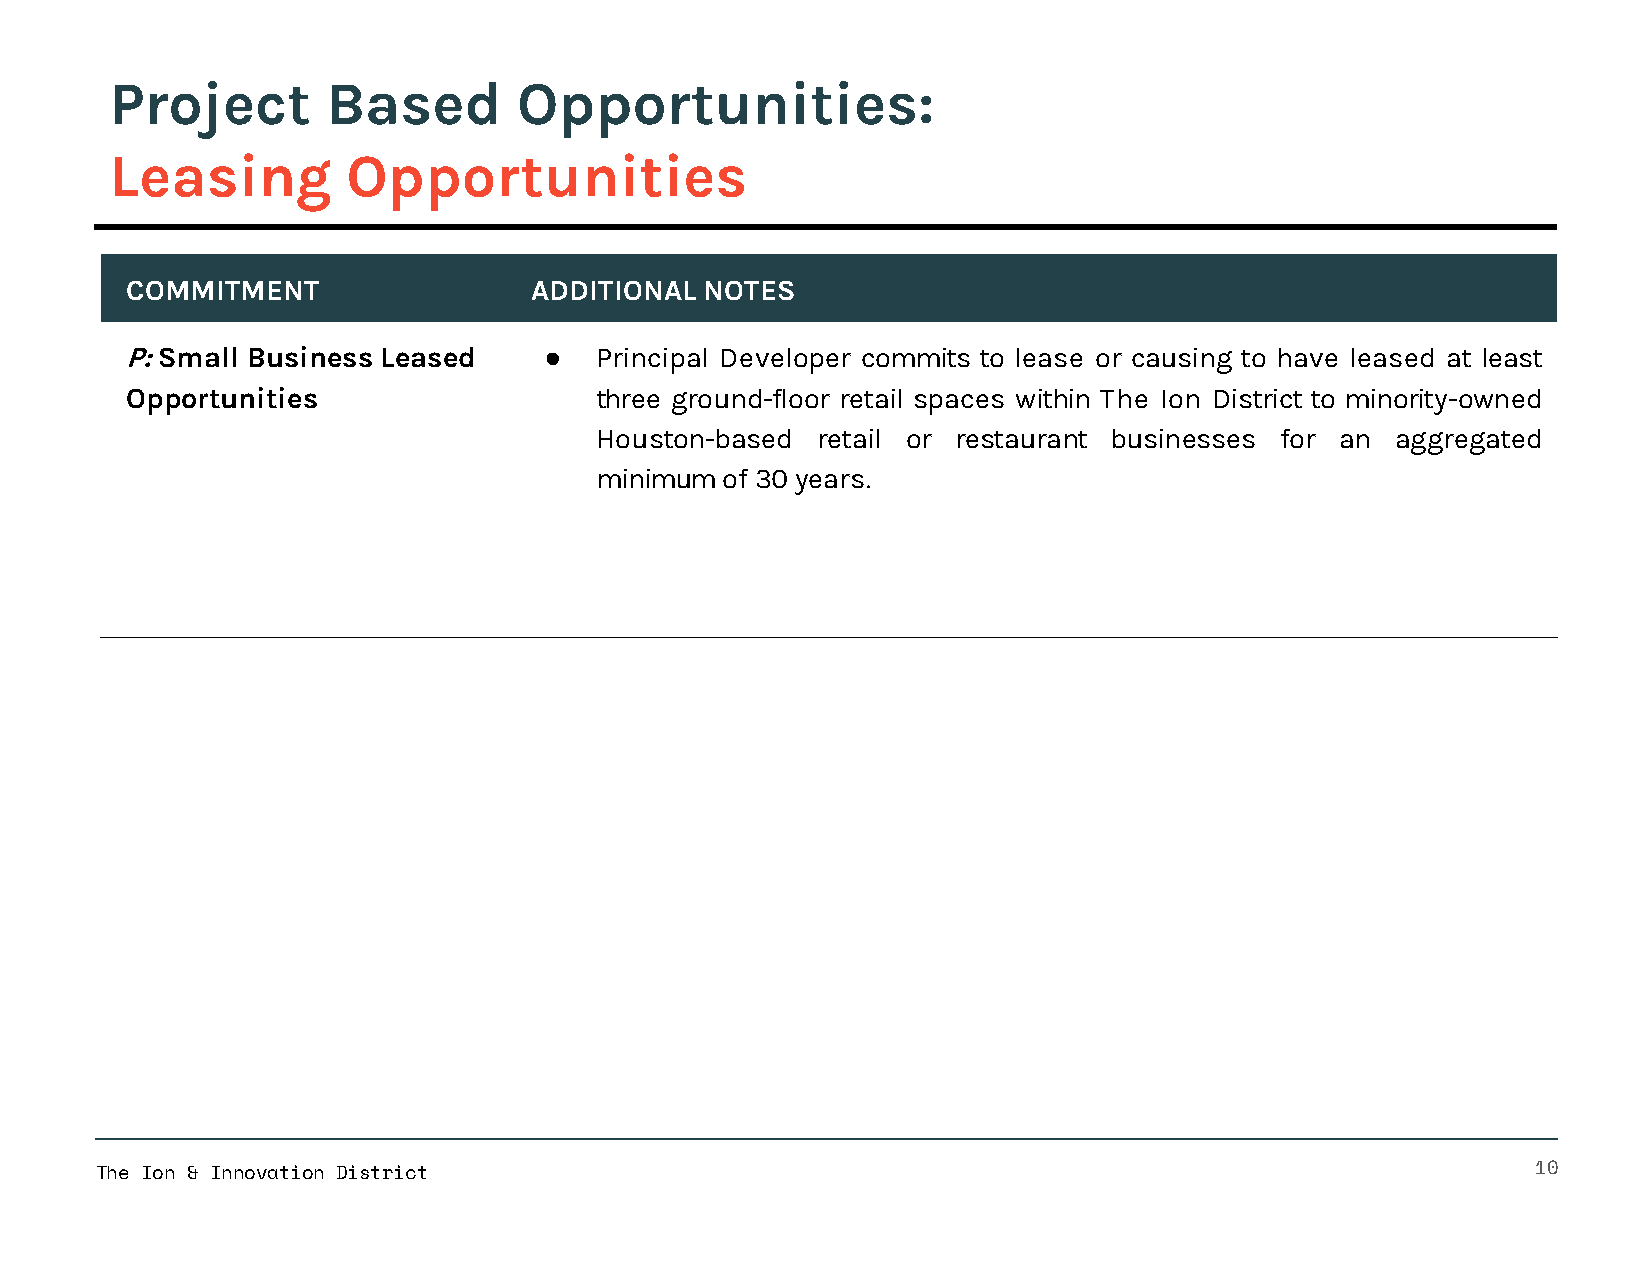
Project        Based       Opportunities:
 Leasing         Opportunities
 COMMITMENT                 ADDITIONAL  NOTES
 P: Small Business Leased    ●  Principal Developer commits to lease or causing to have leased at least
 Opportunities                  three ground-floor retail spaces within The Ion District to minority-owned
 Houston-based  retail or restaurant businesses for an aggregated
 minimumof  30 years.
 The Ion & Innovation District                                                                   10